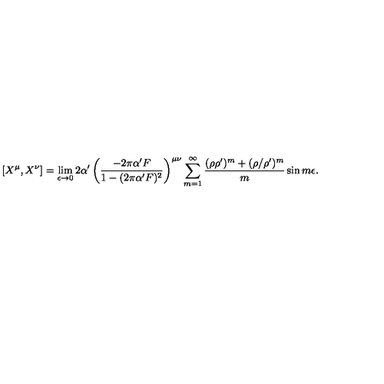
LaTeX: \left[ X ^ { \mu } , X ^ { \nu } \right] = \lim _ { \epsilon \rightarrow 0 } 2 \alpha ^ { \prime } \left( \frac { - 2 \pi \alpha ^ { \prime } F } { 1 - ( 2 \pi \alpha ^ { \prime } F ) ^ { 2 } } \right) ^ { \mu \nu } \sum _ { m = 1 } ^ { \infty } \frac { ( \rho \rho ^ { \prime } ) ^ { m } + ( \rho / \rho ^ { \prime } ) ^ { m } } { m } \sin m \epsilon .